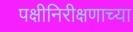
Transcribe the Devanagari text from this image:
पक्षीनिरीक्षणाच्या